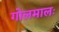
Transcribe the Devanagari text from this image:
गोलमालः